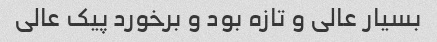
بسیار عالی و تازه بود و برخورد پیک عالی